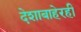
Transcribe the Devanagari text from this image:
देशाबाहेरही